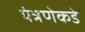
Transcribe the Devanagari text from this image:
यंत्रणेकडे